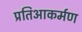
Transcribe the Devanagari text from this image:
प्रतिआकर्मण